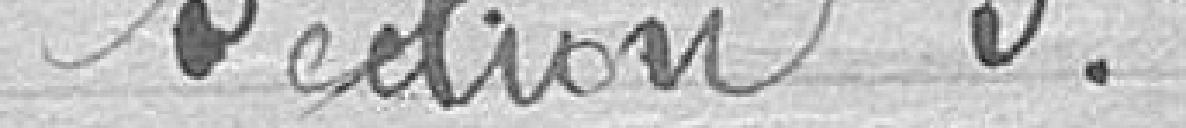
Section 3